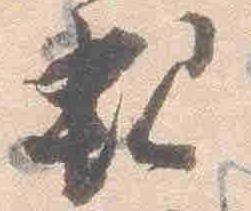
親